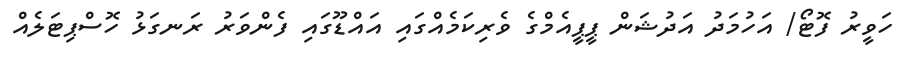
ހަވީރު ފޮޓޯ/ އަހުމަދު އަދުޝަން ޕީޕީއެމްގެ ވެރިކަމެއްގައި އައްޑޫގައި ފެންވަރު ރަނގަޅު ހޮސްޕިޓަލެއް